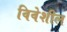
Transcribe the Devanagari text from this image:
विवेशील